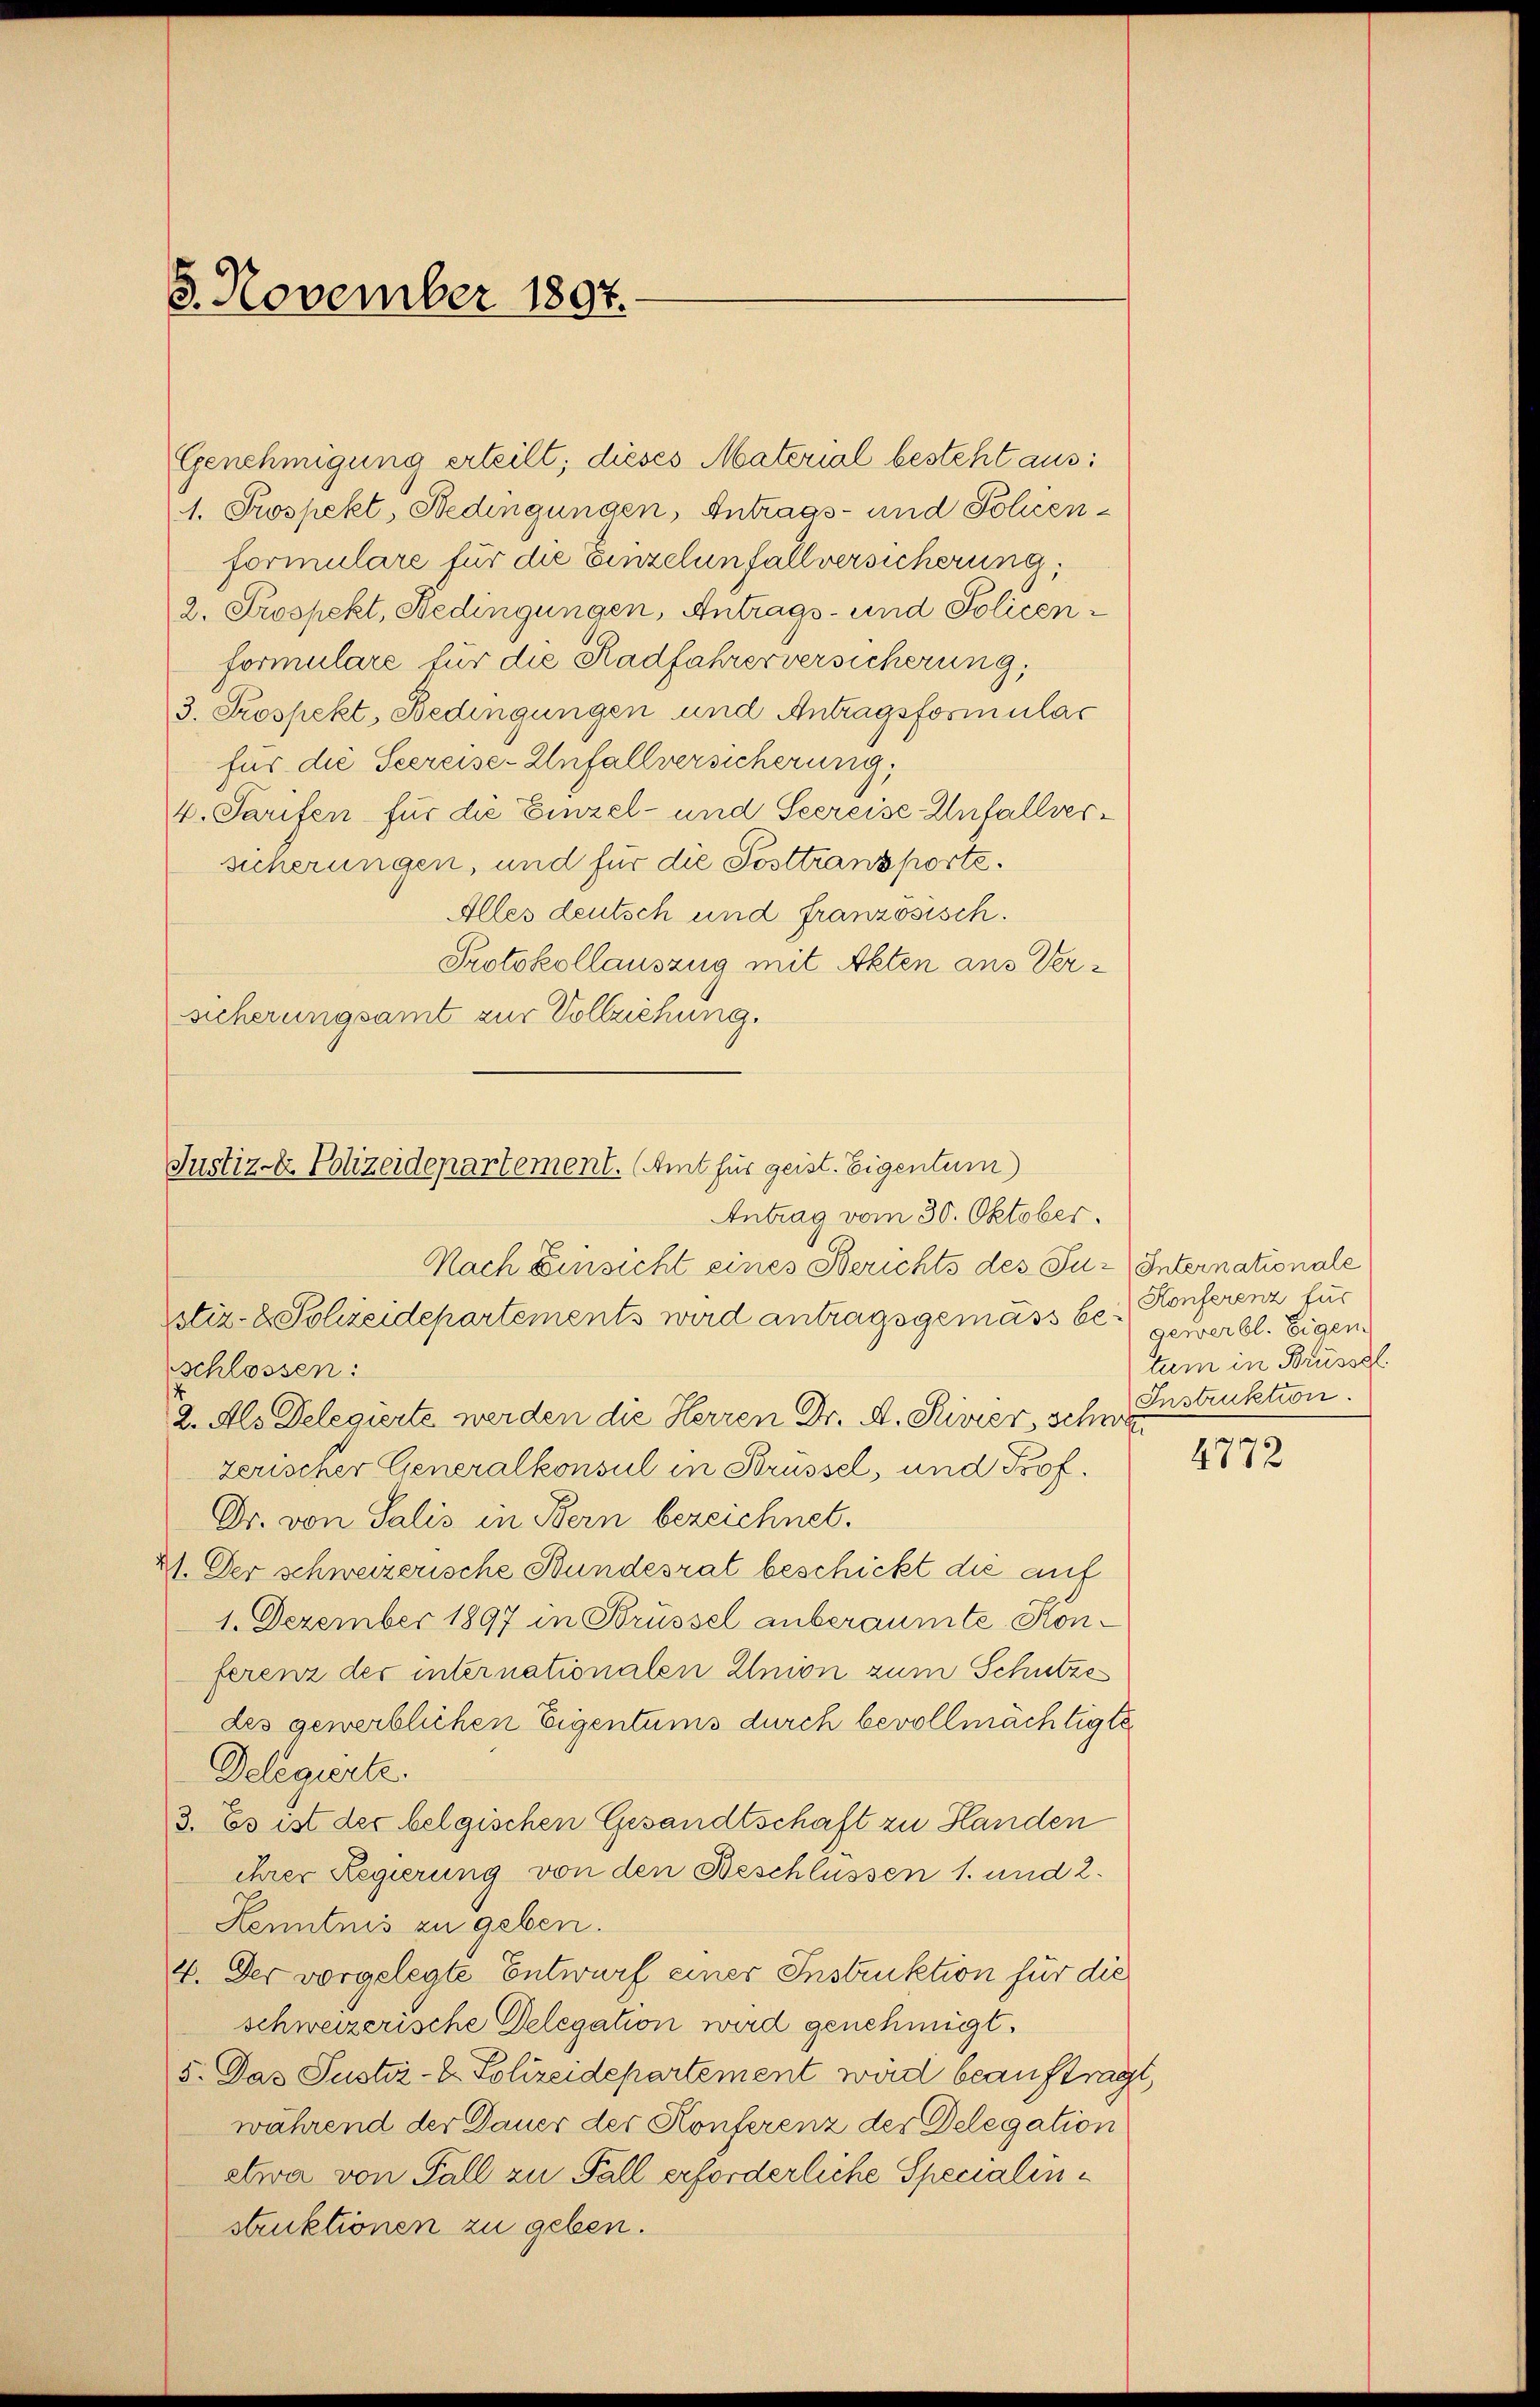
3. November 1897.

Justiz-Er Polizeidepartement. (Amt für geist. Eigentum)
Antrag vom 30. Oktober.
Nach Einsicht eines Berichts des Ju-Internationale
stiz- & Schreidepartements wird antragsgemäss bei gewerbl. Eigen

Genehmigung erteilt; dieses Material besteht aus:
1. Prospekt, Bedingungen, Antrags- und Policenformulare für die Einzelunfallversicherung,
2. Prospekt, Bedingungen, Antrags- und Policenformulare für die Radfahrerversicherung,
3. Prospekt, Bedingungen und Antragsformular
Für die Seereise-Unfallversicherung,
4. Tarifen für die Einzel- und Seereise Unfall(...)¬
sicherungen, und für die Posttransporte.
Alles deutsch und französisch.
Protokollauszug mit Akten aus Versicherungsamt zur Vollziehung.

schlossen:
2. Als Delegierte werden die Herren Dr. A. Rivier, schwe
zerischer Generalkonsul in Brüssel, und Prof.
Dr. von Salis in Bern bezeichnet.
41. Der schweizerische Bundesrat beschickt die auf
1. Dezember 1897 in Strüssel anberaumte Konferenz der internationalen Union zum Schutze
des gewerblichen Eigentums durch bevollmächtigte
Delegierte.
3. Es ist der belgischen Gesandtschaft zu Handen
ihrer Regierung von den Beschlüssen 1. und 2.
Kenntnis zu geben.
4. Der vorgelegte Entwurf einer Instruktion für die
schweizerische Delegation wird genehmigt.
5. Das Justiz- & Polizeidepartement wird beauftrag
während der Dauer der Konferenz der Delegation
etwa von Fall zu Fall erforderliche Specialinstruktionen zu geben.

Konferenz für
tum in Brüssel
Instruktion.

t

4772